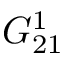
G _ { 2 1 } ^ { 1 }